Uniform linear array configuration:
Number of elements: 32
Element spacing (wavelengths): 1
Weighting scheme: cosine
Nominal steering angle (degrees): -60
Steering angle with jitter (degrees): -58.69
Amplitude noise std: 0.05
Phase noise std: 0.05

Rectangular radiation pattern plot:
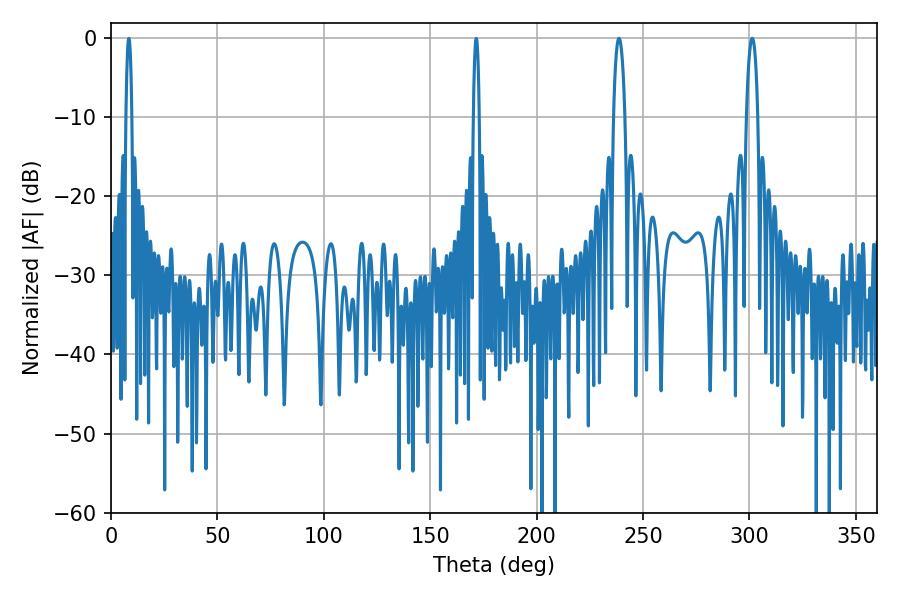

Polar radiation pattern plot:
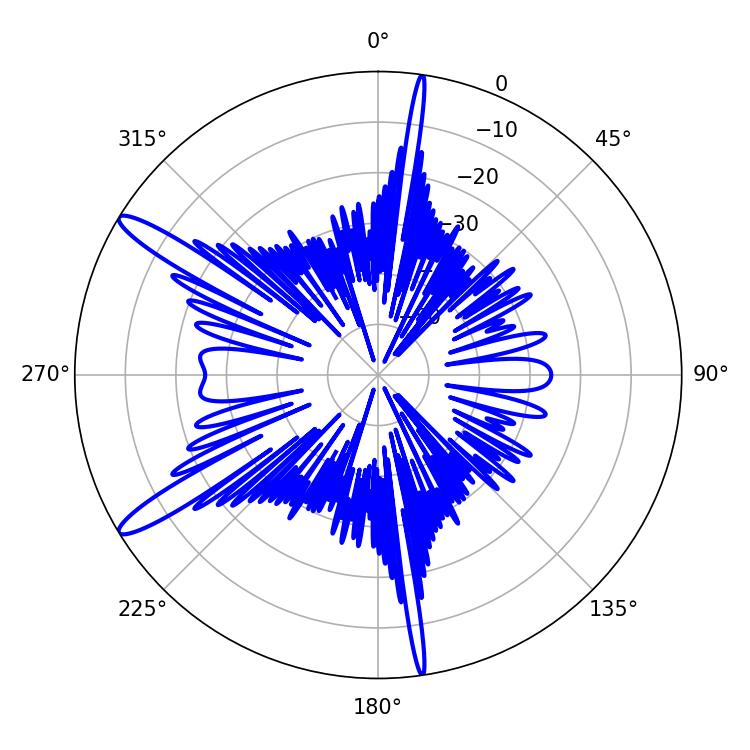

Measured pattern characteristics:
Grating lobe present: TRUE
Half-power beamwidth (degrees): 3.06
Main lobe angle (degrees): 238.68